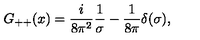
G _ { + + } ( x ) = { \frac { i } { 8 \pi ^ { 2 } } } { \frac { 1 } { \sigma } } - { \frac { 1 } { 8 \pi } } \delta ( \sigma ) , \nonumber